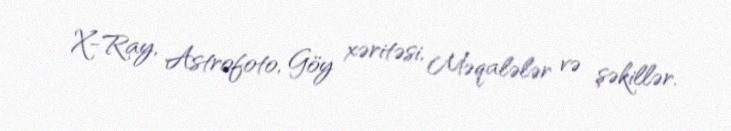
X-Ray, Astrofoto, Göy xəritəsi, Məqalələr və şəkillər.